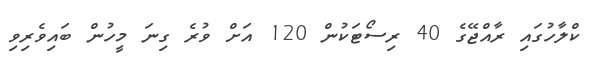
ކްލާހުގައި ރާއްޖޭގެ 40 ރިސޯޓަކުން 120 އަށް ވުރެ ގިނަ މީހުން ބައިވެރިވި